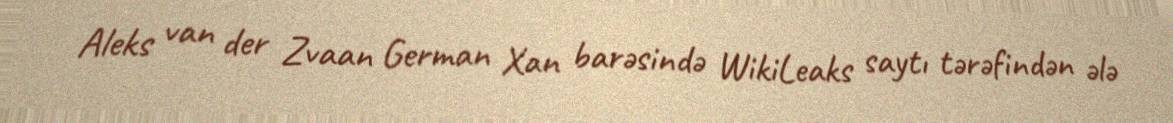
Aleks van der Zvaan German Xan barəsində WikiLeaks saytı tərəfindən ələ